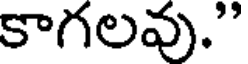
కాగలవు."